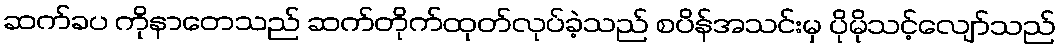
ဆက်ခပ ကိုနာတေသည် ဆက်တိုက်ထုတ်လုပ်ခဲ့သည် စပိန်အသင်းမှ ပိုမိုသင့်လျော်သည်